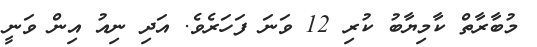
މުބާރާތް ކާމިޔާބު ކުރި 12 ވަނަ ފަހަރެވެ. އަދި ނިއު އިން ވަނީ